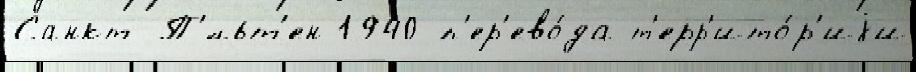
Санкт-П'́льт'ен 1940 п'ер'ево́да т'ерр'ито́р'иjи